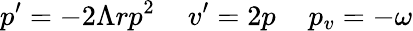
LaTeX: p^{\prime}=-2\Lambda rp^{2}\, \, \, \, \, \, \, v^{\prime}=2p\, \, \, \, \, \, \, p_{v}=-\omega